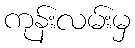
ကုန်းလမ်းမှ